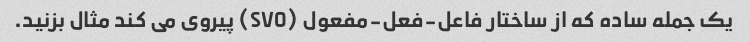
یک جمله ساده که از ساختار فاعل-فعل-مفعول (SVO) پیروی می کند مثال بزنید.